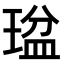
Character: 𤧒